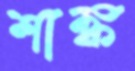
শাঙ্ক